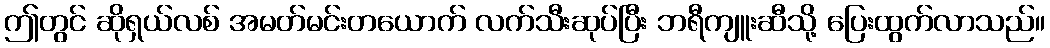
ဤတွင် ဆိုရှယ်လစ် အမတ်မင်းတယောက် လက်သီးဆုပ်ပြီး ဘရီကျူးဆီသို့ ပြေးထွက်လာသည်။